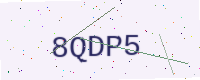
Text: 8QDP5